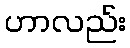
ဟာလည်း